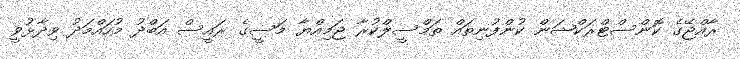
ރާއްޖޭގެ ކޮންސްޓްރަކްޝަން ކުންފުނިތައް ތަމްސީލްކުރާ ޖަމިއްޔާ މަސީގެ ރައީސް އަބްދު މުހައްމަދު ވިދާޅުވީ